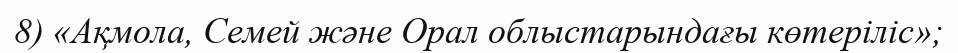
8) «Ақмола, Семей және Орал облыстарындағы көтеріліс»;